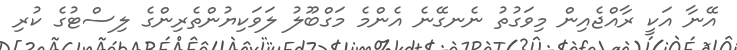
އޭނާ އަކީ ރާއްޖެއިން މިވަގުތު ނެނގޭނެ އެންމެ މަގްބޫލު ލަވަކިޔުންތެރިންގެ ލިސްޓުގެ ކުރި